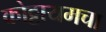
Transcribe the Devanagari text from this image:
कोट्टायमचा